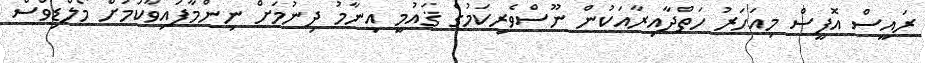
ރައީސް އޮފީސް މިއަހަރު ހަތްދާއިރާއަކުން ނޫސްވެރިކަމުގެ ޤައުމީ އިނާމު ދިނުމަށް ނިންމާފައިވާކަމަށް މޯލްޑިވްސް